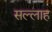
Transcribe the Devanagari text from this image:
सल्लाह